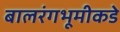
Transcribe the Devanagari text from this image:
बालरंगभूमीकडे